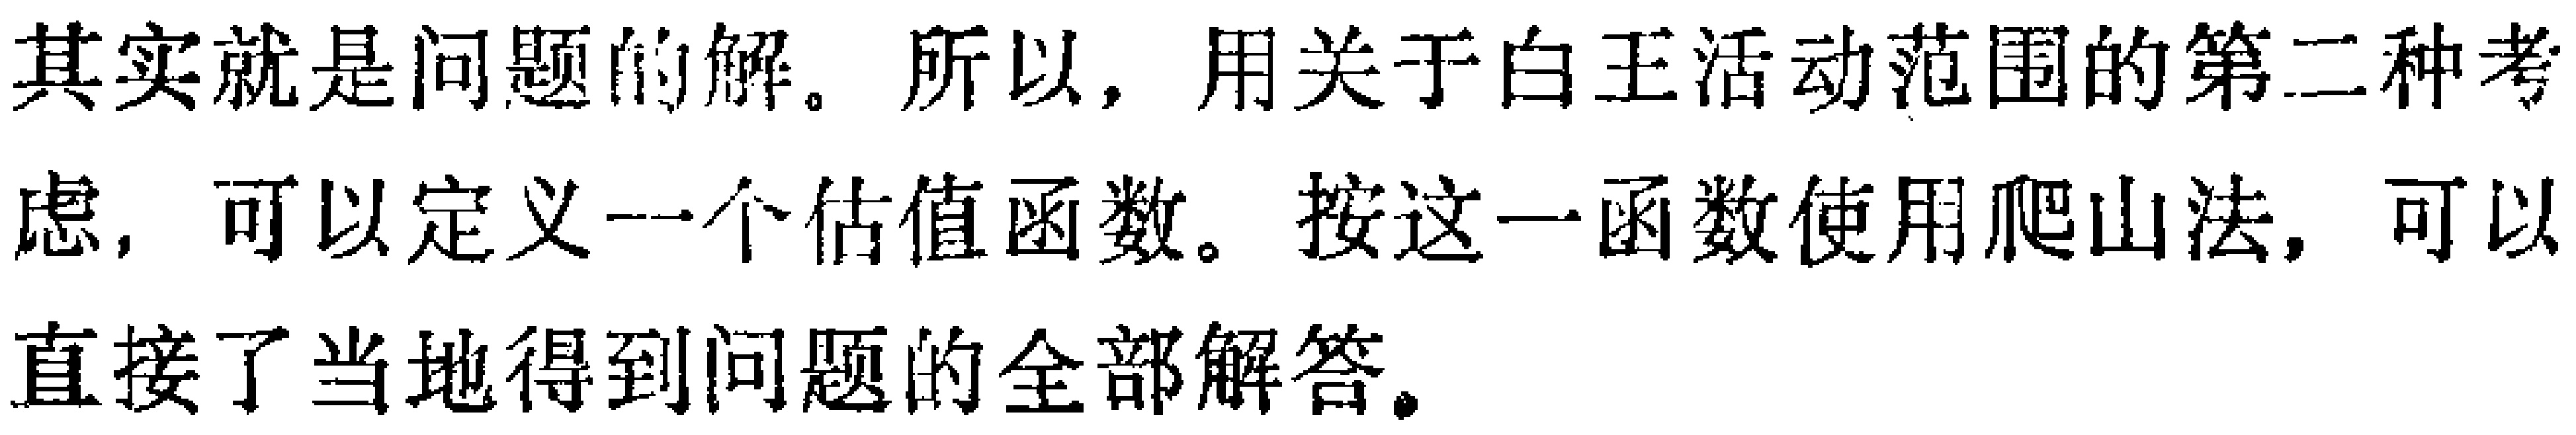
其实就是问题的解。所以，用关于白王活动范围的第二种考虑，可以定义一个估值函数。按这一函数使用爬山法，可以直接了当地得到问题的全部解答。